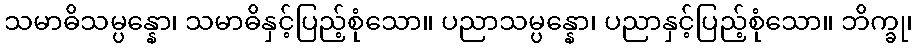
သမာဓိသမ္ပန္နော၊ သမာဓိနှင့်ပြည့်စုံသော။ ပညာသမ္ပန္နော၊ ပညာနှင့်ပြည့်စုံသော။ ဘိက္ခု၊